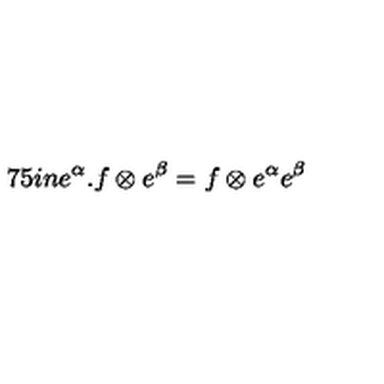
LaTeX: \hspace { . 7 5 i n } e ^ { \alpha } . f \otimes e ^ { \beta } = f \otimes e ^ { \alpha } e ^ { \beta }